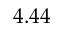
4 . 4 4